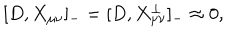
[ D , X _ { \mu \nu } ] _ { - } = [ D , X _ { \mu \nu } ^ { \bot } ] _ { - } \approx 0 ,